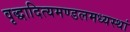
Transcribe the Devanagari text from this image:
वृद्धादित्यमण्डलमध्यस्थां